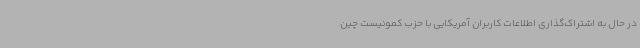
در حال به اشتراک‌گذاری اطلاعات کاربران آمریکایی با حزب کمونیست چین